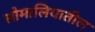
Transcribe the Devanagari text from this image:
सोमालियातील